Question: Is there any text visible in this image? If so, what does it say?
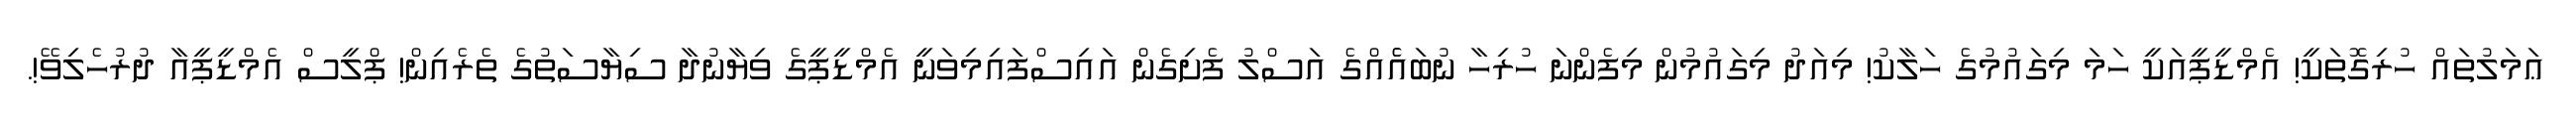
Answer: ޢަމަލުތައް ހުރިގޮތަކީ! އެމްޑީޕީއަކީ ހަމަ މިގައުމުގެ ހަލާކު! މިއަދު މިގައުމުން މިފެންނަ ހުރިހާ ނުބައެެއްގެ އަސްލު ފެށިގެން އައިސްފައިމިވަނީ އެމްޑީޕީގެ ވިޔާނުދާ ސިޔާސަތުގެ ތެރެއިން! ޕްލީސް އެމްޑީޕީއާ ދުރުހެލިވޭ!.